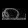
Digit: ၈